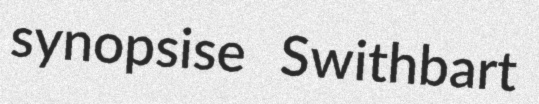
synopsise Swithbart